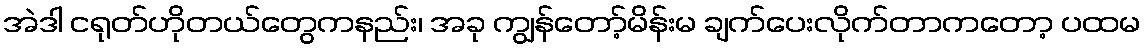
အဲဒါ ငရုတ်ဟိုတယ်တွေကနည်း၊ အခု ကျွန်တော့်မိန်းမ ချက်ပေးလိုက်တာကတော့ ပထမ